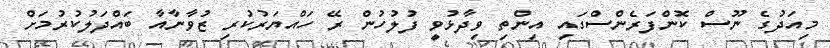
މިއަދުގެ ނޫސް ކޮންފަރެންސްގައި އިންތި ވިދާޅުވީ ފުލުހުން ރޭ ހައްޔަރުކުރި ޒުވާނާއާ ބައްދަލުކުރުމަށް